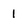
Character: 1